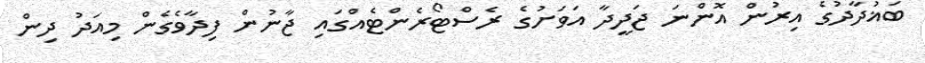
ބަޣުދާދުގެ އިރުން އޮންނަ ޖަދީދާ އަވަށުގެ ރެސްޓޯރެންޓެއްގައި ޖާނުން ފިދާވެގެން މިއަދު ދިން